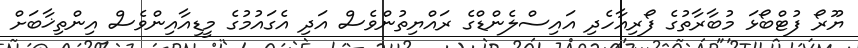
ޔޫރޯ ފުޓްބޯޅަ މުބާރާތުގެ ފޯރިއާހެދި އައިސްލެންޑްގެ ރައްޔިތުންވެސް އަދި އެގައުމުގެ މީޑިއާއިންވެސް އިންތިޚާބަށް